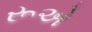
રૂએ